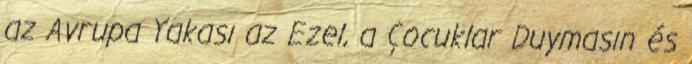
az Avrupa Yakası az Ezel, a Çocuklar Duymasın és